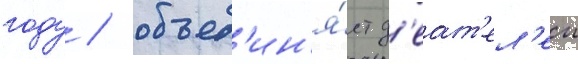
году / объед'ин'я́ет д'еат'ел'еи